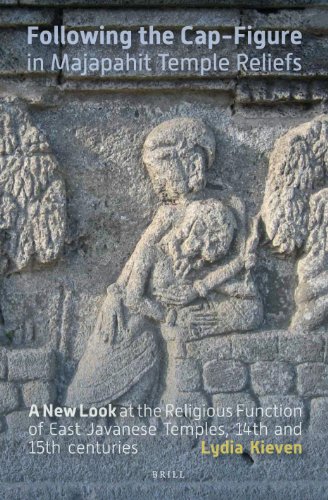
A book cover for Following the Cap-Figure in Majapahit Temple Reliefs: A New Look at the Religious Function of East Javanese Temples, Fourteenth and Fifteenth ... Instituut Voor Taal-, Land- En Volkenkunde); Lydia Kieven; Religion & Spirituality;